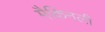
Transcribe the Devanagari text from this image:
मैकिनली